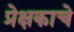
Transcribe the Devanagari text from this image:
प्रेक्षकाचे